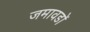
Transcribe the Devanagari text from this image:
जमावडों